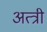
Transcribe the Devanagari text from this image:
अत्त्री